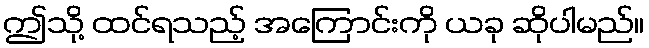
ဤသို့ ထင်ရသည့် အကြောင်းကို ယခု ဆိုပါမည်။